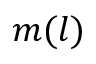
m ( l )